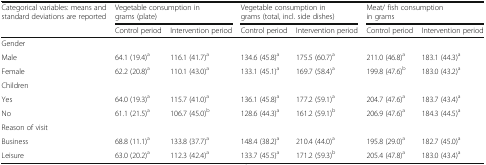
| Categorical variables: means and standard deviations are reported | <COLSPAN=2> Vegetable consumption in grams (plate) | <COLSPAN=2> Vegetable consumption in grams (total, incl. side dishes) | <COLSPAN=2> Meat/ fish consumption in grams |
 |  | Control period | Intervention period | Control period | Intervention period | Control period | Intervention period |
 | --- | --- | --- | --- | --- | --- | --- |
 | Gender |  |  |  |  |  |  |
 | Male | 64.1 (19.4)a | 116.1 (41.7)a | 134.6 (45.8)a | 175.5 (60.7)a | 211.0 (46.8)a | 183.1 (44.3)a |
 | Female | 62.2 (20.8)a | 110.1 (43.0)a | 133.1 (45.1)a | 169.7 (58.4)a | 199.8 (47.6)b | 183.0 (43.2)a |
 | Children |  |  |  |  |  |  |
 | Yes | 64.0 (19.3)a | 115.7 (41.0)a | 136.1 (45.8)a | 177.2 (59.1)a | 204.7 (47.6)a | 183.7 (43.4)a |
 | No | 61.1 (21.5)a | 106.7 (45.0)b | 128.6 (44.3)a | 161.2 (59.1)b | 206.9 (47.6)a | 184.3 (44.5)a |
 | Reason of visit |  |  |  |  |  |  |
 | Business | 68.8 (11.1)a | 133.8 (37.7)a | 148.4 (38.2)a | 210.4 (44.0)a | 195.8 (29.0)a | 182.7 (45.0)a |
 | Leisure | 63.0 (20.2)a | 112.3 (42.4)a | 133.7 (45.5)a | 171.2 (59.3)b | 205.4 (47.8)a | 183.0 (43.4)a |